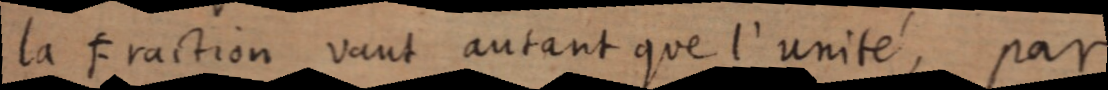
la Fraction vant autant que l’unité, par